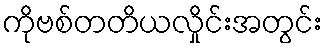
ကိုဗစ်တတိယလှိုင်းအတွင်း